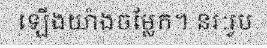
ឡើងយ៉ាងចម្លែក។ នរៈរូប